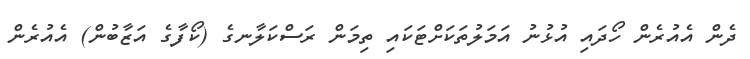
ދެން އެއުރެން ހޯދައި އުޅުނު އަމަލުތަކަށްޓަކައި ތިމަން ރަސްކަލާނގެ (ކޯފާގެ އަޒާބުން) އެއުރެން